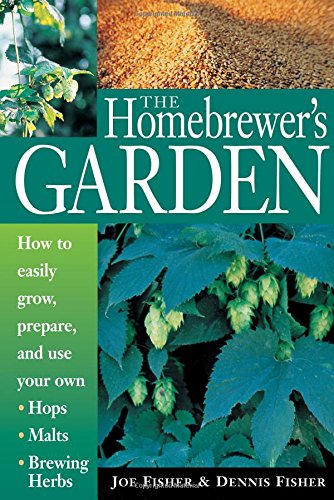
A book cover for The Homebrewer's Garden: How to Easily Grow, Prepare, and Use Your Own Hops, Malts, Brewing Herbs; Dennis Fisher; Cookbooks, Food & Wine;